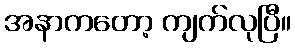
အနာကတော့ ကျက်လုပြီ။